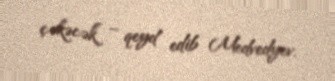
çəkəcək” – qeyd edib Medvedyev.